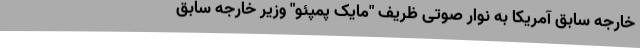
خارجه سابق آمریکا به نوار صوتی ظریف "مایک پمپئو" وزیر خارجه سابق